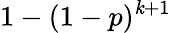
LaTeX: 1-(1-p)^{\mathit{k}+1}